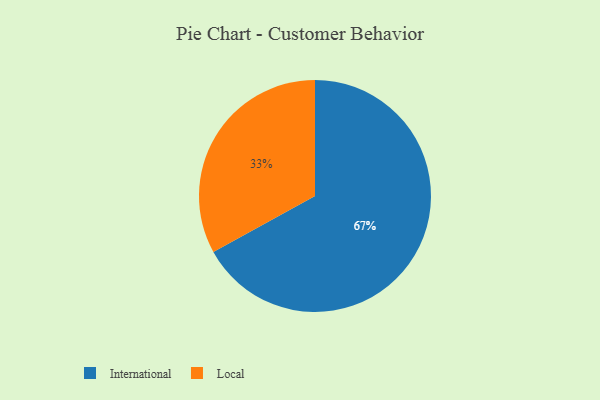
{"axis": {"x": "Category", "y": "Percentage"}, "legend": ["International", "Local"], "data": [{"x": "Local", "y": 33, "type": "Local"}, {"x": "International", "y": 67, "type": "International"}]}